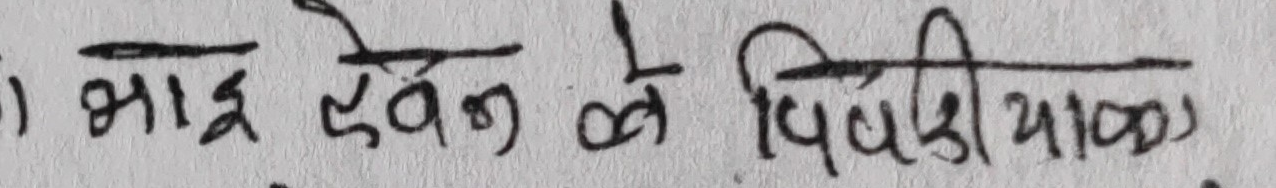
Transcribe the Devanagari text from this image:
भाई टेवन ले विवडी याव्छ ।